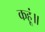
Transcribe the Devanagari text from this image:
कहूं॥